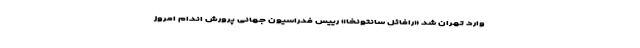
وارد تهران شد «رافائل سانتونخا» رییس فدراسیون جهانی پرورش اندام امروز